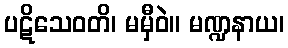
ပဋိသေဝတိ၊ မမှီဝဲ။ မဏ္ဍနာယ၊